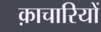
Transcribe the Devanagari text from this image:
क़ाचारियों